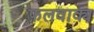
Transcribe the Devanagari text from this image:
फलवाक्य